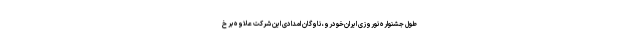
طول جشنواره نوروزی ایران‌خودرو، ناوگان امدادی این شرکت علاوه بر خ